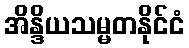
အိန္ဒိယသမ္မတနိုင်ငံ